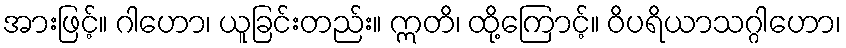
အားဖြင့်။ ဂါဟော၊ ယူခြင်းတည်း။ ဣတိ၊ ထို့ကြောင့်။ ဝိပရိယာသဂ္ဂါဟော၊